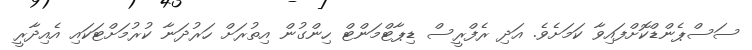
ސަސްޕެންޑްކޮށްފައިވާ ކަމަށެވެ. އަދި ރެފްރީސް ޑިޕާޓްމަންޓް ހިންގުން އިތުރަށް ހަރުދަނާ ކުރުމަށްޓަކައި އެއިދާރީ